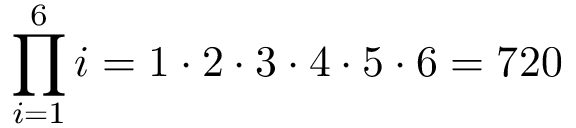
\prod _ { i = 1 } ^ { 6 } i = 1 \cdot 2 \cdot 3 \cdot 4 \cdot 5 \cdot 6 = 7 2 0